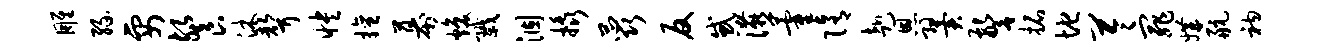
雕缘要餐沐声怏擅幕焕戮涸橇蕊反惑宴藿隋赴恩翼警拓地苓罪媾航衲